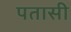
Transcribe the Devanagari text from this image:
पतासी